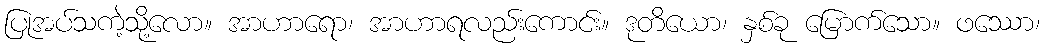
ပြုအပ်သကဲ့သို့လော။ အာဟာရော၊ အာဟာရလည်းကောင်း။ ဒုတိယော၊ နှစ်ခု မြောက်သော။ ဖဿော၊